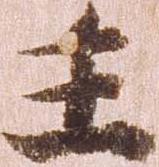
主